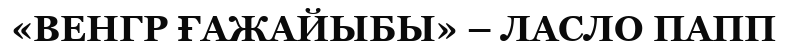
«ВЕНГР ҒАЖАЙЫБЫ» – ЛАСЛО ПАПП